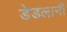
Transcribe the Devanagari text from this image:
डेडलानी